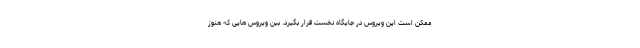
ممکن است این ویروس در جایگاه نخست قرار بگیرد. بین ویروس هایی که هنوز